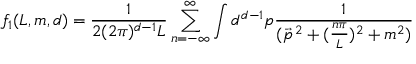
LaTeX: f _ { 1 } ( L , m , d ) = \frac { 1 } { 2 ( 2 \pi ) ^ { d - 1 } L } \sum _ { n = - \infty } ^ { \infty } \int d ^ { d - 1 } p \frac { 1 } { ( \vec { p } ^ { \, 2 } + ( \frac { n \pi } { L } ) ^ { 2 } + m ^ { 2 } ) }